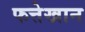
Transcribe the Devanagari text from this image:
फत्तेखान